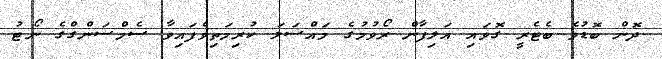
ދޮން ބޮޑުވެ ބެޓެރީ ގޮވައި އަލިފާން ރޯވުމުގެ މައްސަލަ ކުރިމަތިވެފައިވާ ސެމްސަންގްގެ ނޯޓު